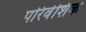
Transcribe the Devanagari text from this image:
परिवेशिक